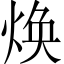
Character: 焕